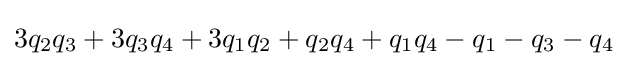
3q_{2}q_{3}+3q_{3}q_{4}+3q_{1}q_{2}+q_{2}q_{4}+q_{1}q_{4}-q_{1}-q_{3}-q_{4}